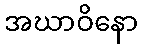
အဃာဝိနော